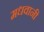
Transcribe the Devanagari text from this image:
मधवानी